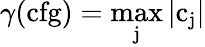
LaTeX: \gamma(\mathrm{cfg)=\operatorname*{max}_{j}|c_{j}|}